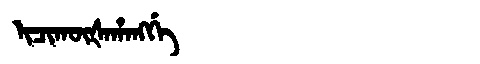
Manchu: ᡳᠴᡳᡴᡡᡧᠠᡥᠠᠩᡤᡝ
Romanization: ICIKŪŠAHANGGE